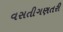
વસતીગણતરી